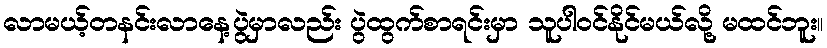
လာမယ့်တနင်းလာနေ့ပွဲမှာလည်း ပွဲထွက်စာရင်းမှာ သူပါဝင်နိုင်မယ်လို့ မထင်ဘူး။